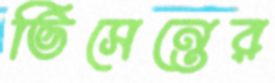
ভিসেন্তের